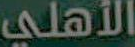
الأهلي